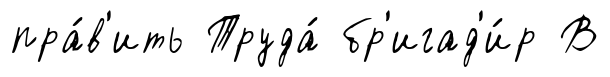
пра́в'ить Труда́ бр'игад'и́р В